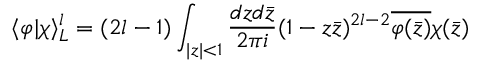
\langle \varphi | \chi \rangle _ { { \cal L } } ^ { l } = ( 2 l - 1 ) \int _ { | z | < 1 } \frac { d z d \bar { z } } { 2 \pi i } ( 1 - z \bar { z } ) ^ { 2 l - 2 } \overline { { { \varphi ( \bar { z } ) } } } \chi ( \bar { z } )